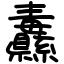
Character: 纛